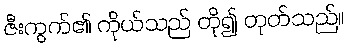
ဇီးကွက်၏ ကိုယ်သည် တို၍ တုတ်သည်။